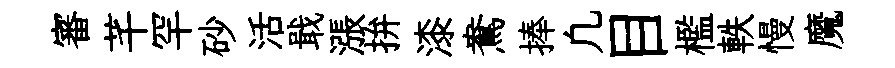
審芊罕砂活戢漲拚漆鴦捧凢目檻軼慢魔